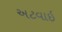
અટવાઈ